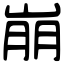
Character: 崩